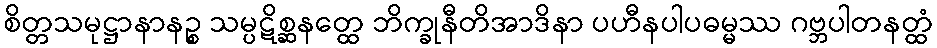
စိတ္တသမုဋ္ဌာနာနဉ္စ သမ္ပဋိစ္ဆနတ္ထေ ဘိက္ခုနီတိအာဒိနာ ပဟီနပါပဓမ္မဿ ဂဗ္ဘပါတနတ္ထံ